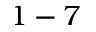
1 - 7